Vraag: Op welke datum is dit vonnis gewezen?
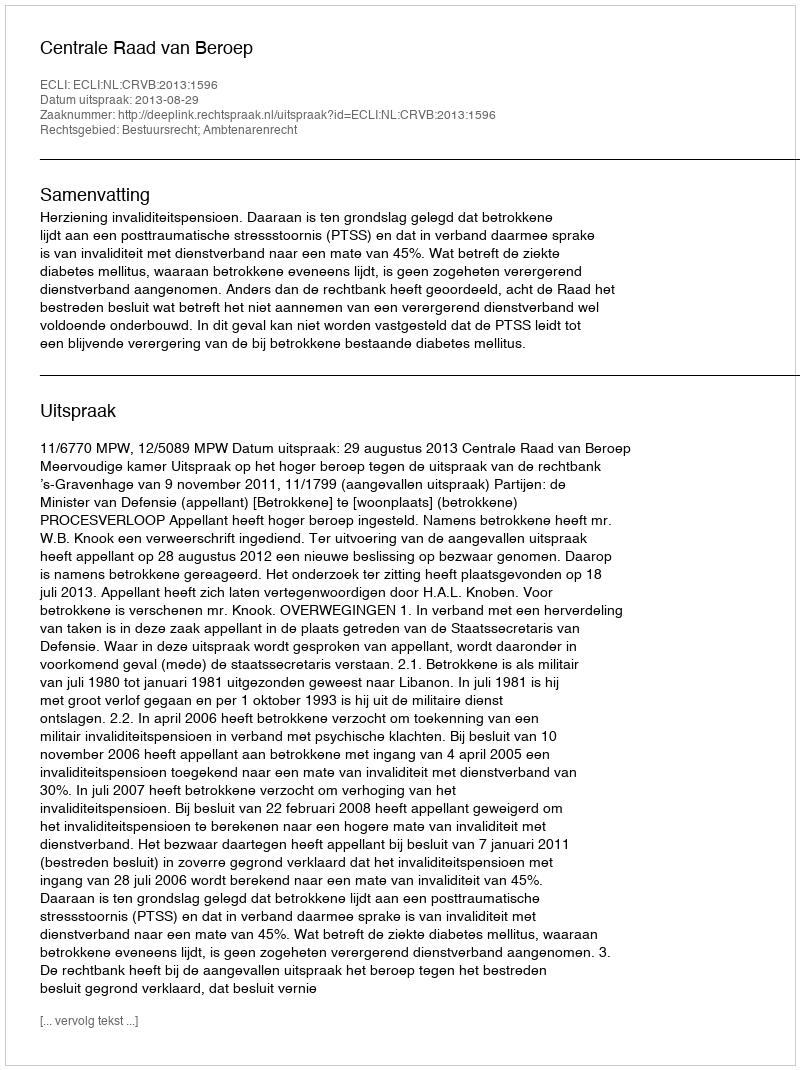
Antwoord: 2013-08-29